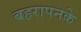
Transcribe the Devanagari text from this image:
बहरापनके